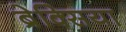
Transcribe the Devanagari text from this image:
ब्रेक्सिया